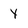
Character: Y